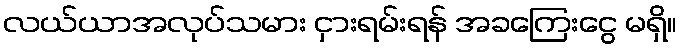
လယ်ယာအလုပ်သမား ငှားရမ်းရန် အခကြေးငွေ မရှိ။